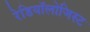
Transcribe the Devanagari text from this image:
रेडियॉलोजिस्ट